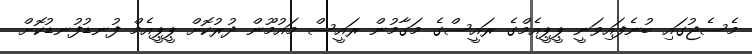
މެސެޖުގައި ބުނެފައިވަނީ ޕީޕީއެމްގެ ރައީސްގެ މަގާމުން ރައީސް މައުމޫން ދުރުކޮށް ޕީޕީއެމް ފުނޑުފުނޑުކޮށް